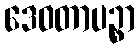
ဒေဝတာပဉ္စာ